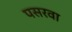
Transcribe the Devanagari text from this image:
पसरवा